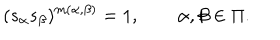
( s _ { \alpha } s _ { \beta } ) ^ { m ( \alpha , \beta ) } = 1 , \qquad \alpha , \beta \in \Pi .